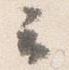
云